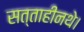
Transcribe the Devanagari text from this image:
सत्ताहीनथे।